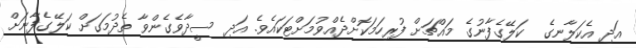
އަދި އެކަލާނގެ  ކަލޭގެފާނުގެ މައްޗަށް ފުރިހަމަކޮށްދެއްވުމަށްޓަކައެވެ. އަދި ސީދާވެގެންވާ ތެދުމަގަށް ކަލޭގެފާނަށް